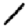
Digit: 1